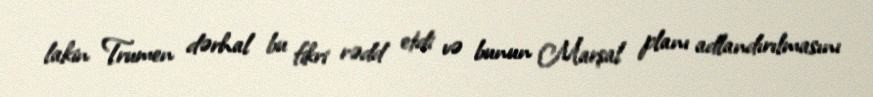
lakin Trumen dərhal bu fikri rədd etdi və bunun Marşal planı adlandırılmasını